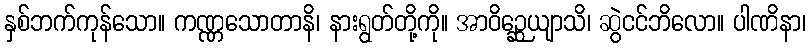
နှစ်ဘက်ကုန်သော။ ကဏ္ဏသောတာနိ၊ နားရွတ်တို့ကို။ အာဝိဉ္ဆေယျာသိ၊ ဆွဲငင်ဘိလော။ ပါဏိနာ၊